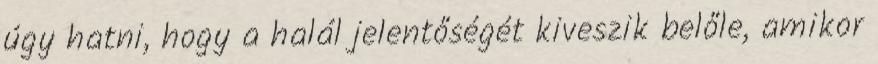
úgy hatni, hogy a halál jelentőségét kiveszik belőle, amikor